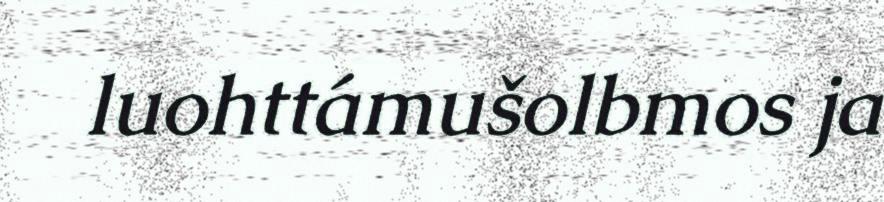
luohttámušolbmos ja